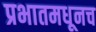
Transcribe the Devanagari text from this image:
प्रभातमधूनच